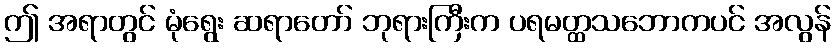
ဤ အရာတွင် မုံရွေး ဆရာတော် ဘုရားကြီးက ပရမတ္ထသဘောကပင် အလွန်